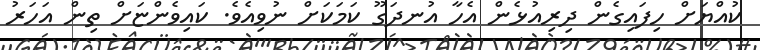
ކުއްޔަށް ހިފައިގެން ދިރިއުޅެން އެހާ އުނދަގޫ ކަމަކަށް ނުވިއެވެ. ކައިވެންޏަށް ތިން އަހަރު